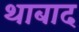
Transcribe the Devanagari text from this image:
थाबाद